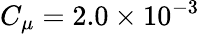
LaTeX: C_{\mu}=2.0\times 10^{-3}